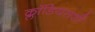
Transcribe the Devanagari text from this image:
क्लॉडियसशी